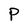
Character: P